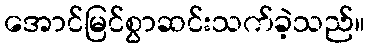
အောင်မြင်စွာဆင်းသက်ခဲ့သည်။